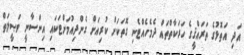
އަދި އަތޮޅުގެ ތަރައްޤީގެ ހަރަކާތްތައް ދެމެހެއްޓެނި ގޮތަކަށް ކުރިއަށް ގެންދިއުމަށްޓަކައި އިންސާނީ ވަޞީލަތް